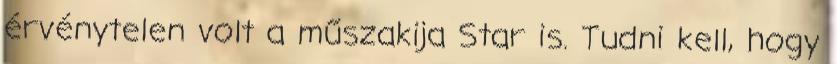
érvénytelen volt a műszakija Star is. Tudni kell, hogy